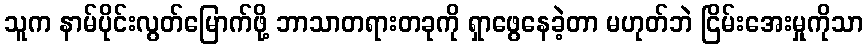
သူက နာမ်ပိုင်းလွတ်မြောက်ဖို့ ဘာသာတရားတခုကို ရှာဖွေနေခဲ့တာ မဟုတ်ဘဲ ငြိမ်းအေးမှုကိုသာ